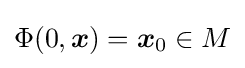
\Phi (0,{\boldsymbol {x}})={\boldsymbol {x}}_{0}\in M